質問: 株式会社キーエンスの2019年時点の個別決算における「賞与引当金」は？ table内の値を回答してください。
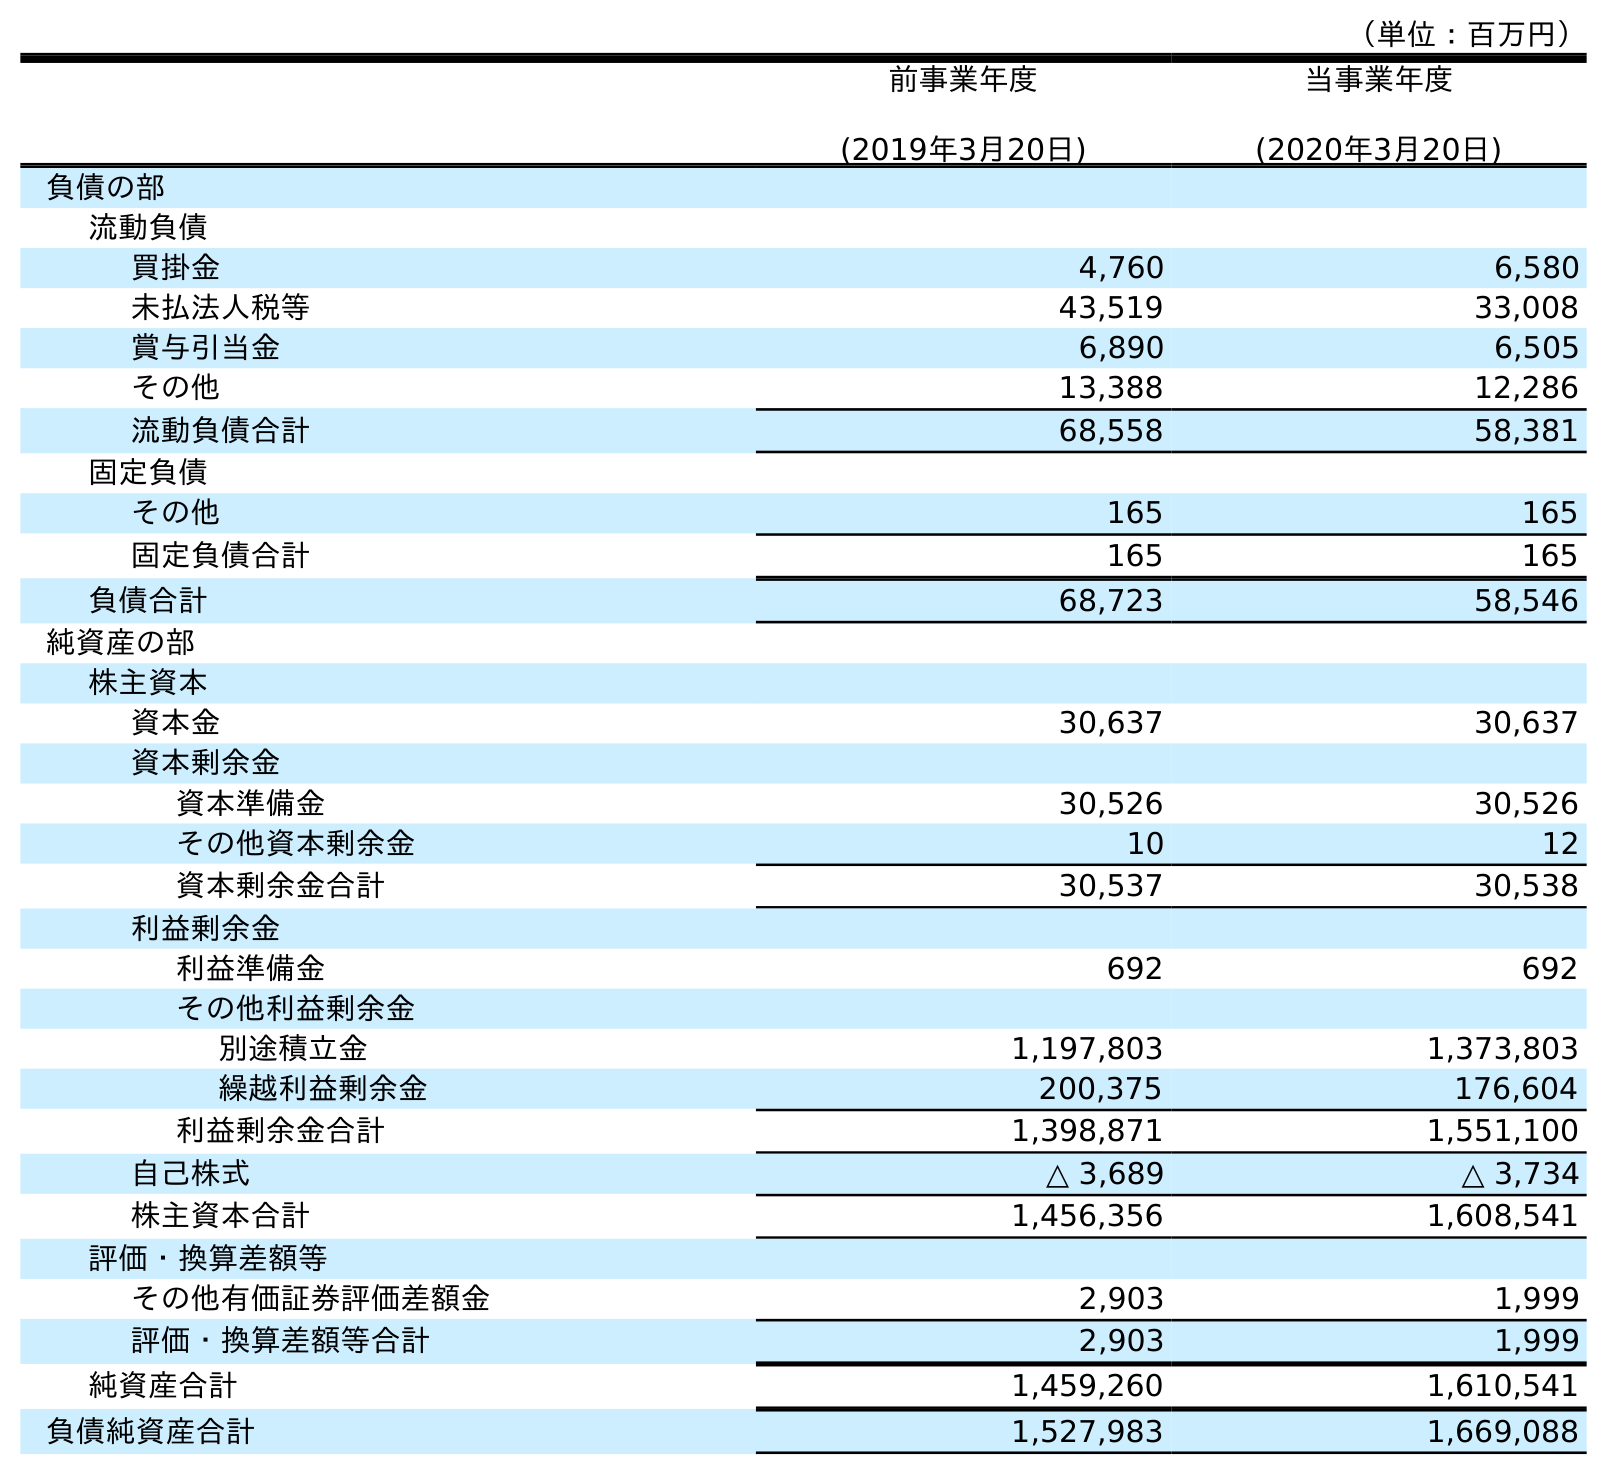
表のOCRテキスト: （単位：百万円） 前事業年度 (2019年3月20日) 当事業年度 (2020年3月20日) 負債の部 流動負債 買掛金 4,760 6,580 未払法人税等 43,519 33,008 賞与引当金 6,890 6,505 その他 13,388 12,286 流動負債合計 68,558 58,381 固定負債 その他 165 165 固定負債合計 165 165 負債合計 68,723 58,546 純資産の部 株主資本 資本金 30,637 30,637 資本剰余金 資本準備金 30,526 30,526 その他資本剰余金 10 12 資本剰余金合計 30,537 30,538 利益剰余金 利益準備金 692 692 その他利益剰余金 別途積立金 1,197,803 1,373,803 繰越利益剰余金 200,375 176,604 利益剰余金合計 1,398,871 1,551,100 自己株式 △ 3,689 △ 3,734 株主資本合計 1,456,356 1,608,541 評価・換算差額等 その他有価証券評価差額金 2,903 1,999 評価・換算差額等合計 2,903 1,999 純資産合計 1,459,260 1,610,541 負債純資産合計 1,527,983 1,669,088
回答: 6,890